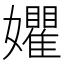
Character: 㜹